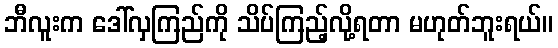
ဘီလူးက ဒေါ်လှကြည်ကို သိပ်ကြည့်လို့ရတာ မဟုတ်ဘူးရယ်။